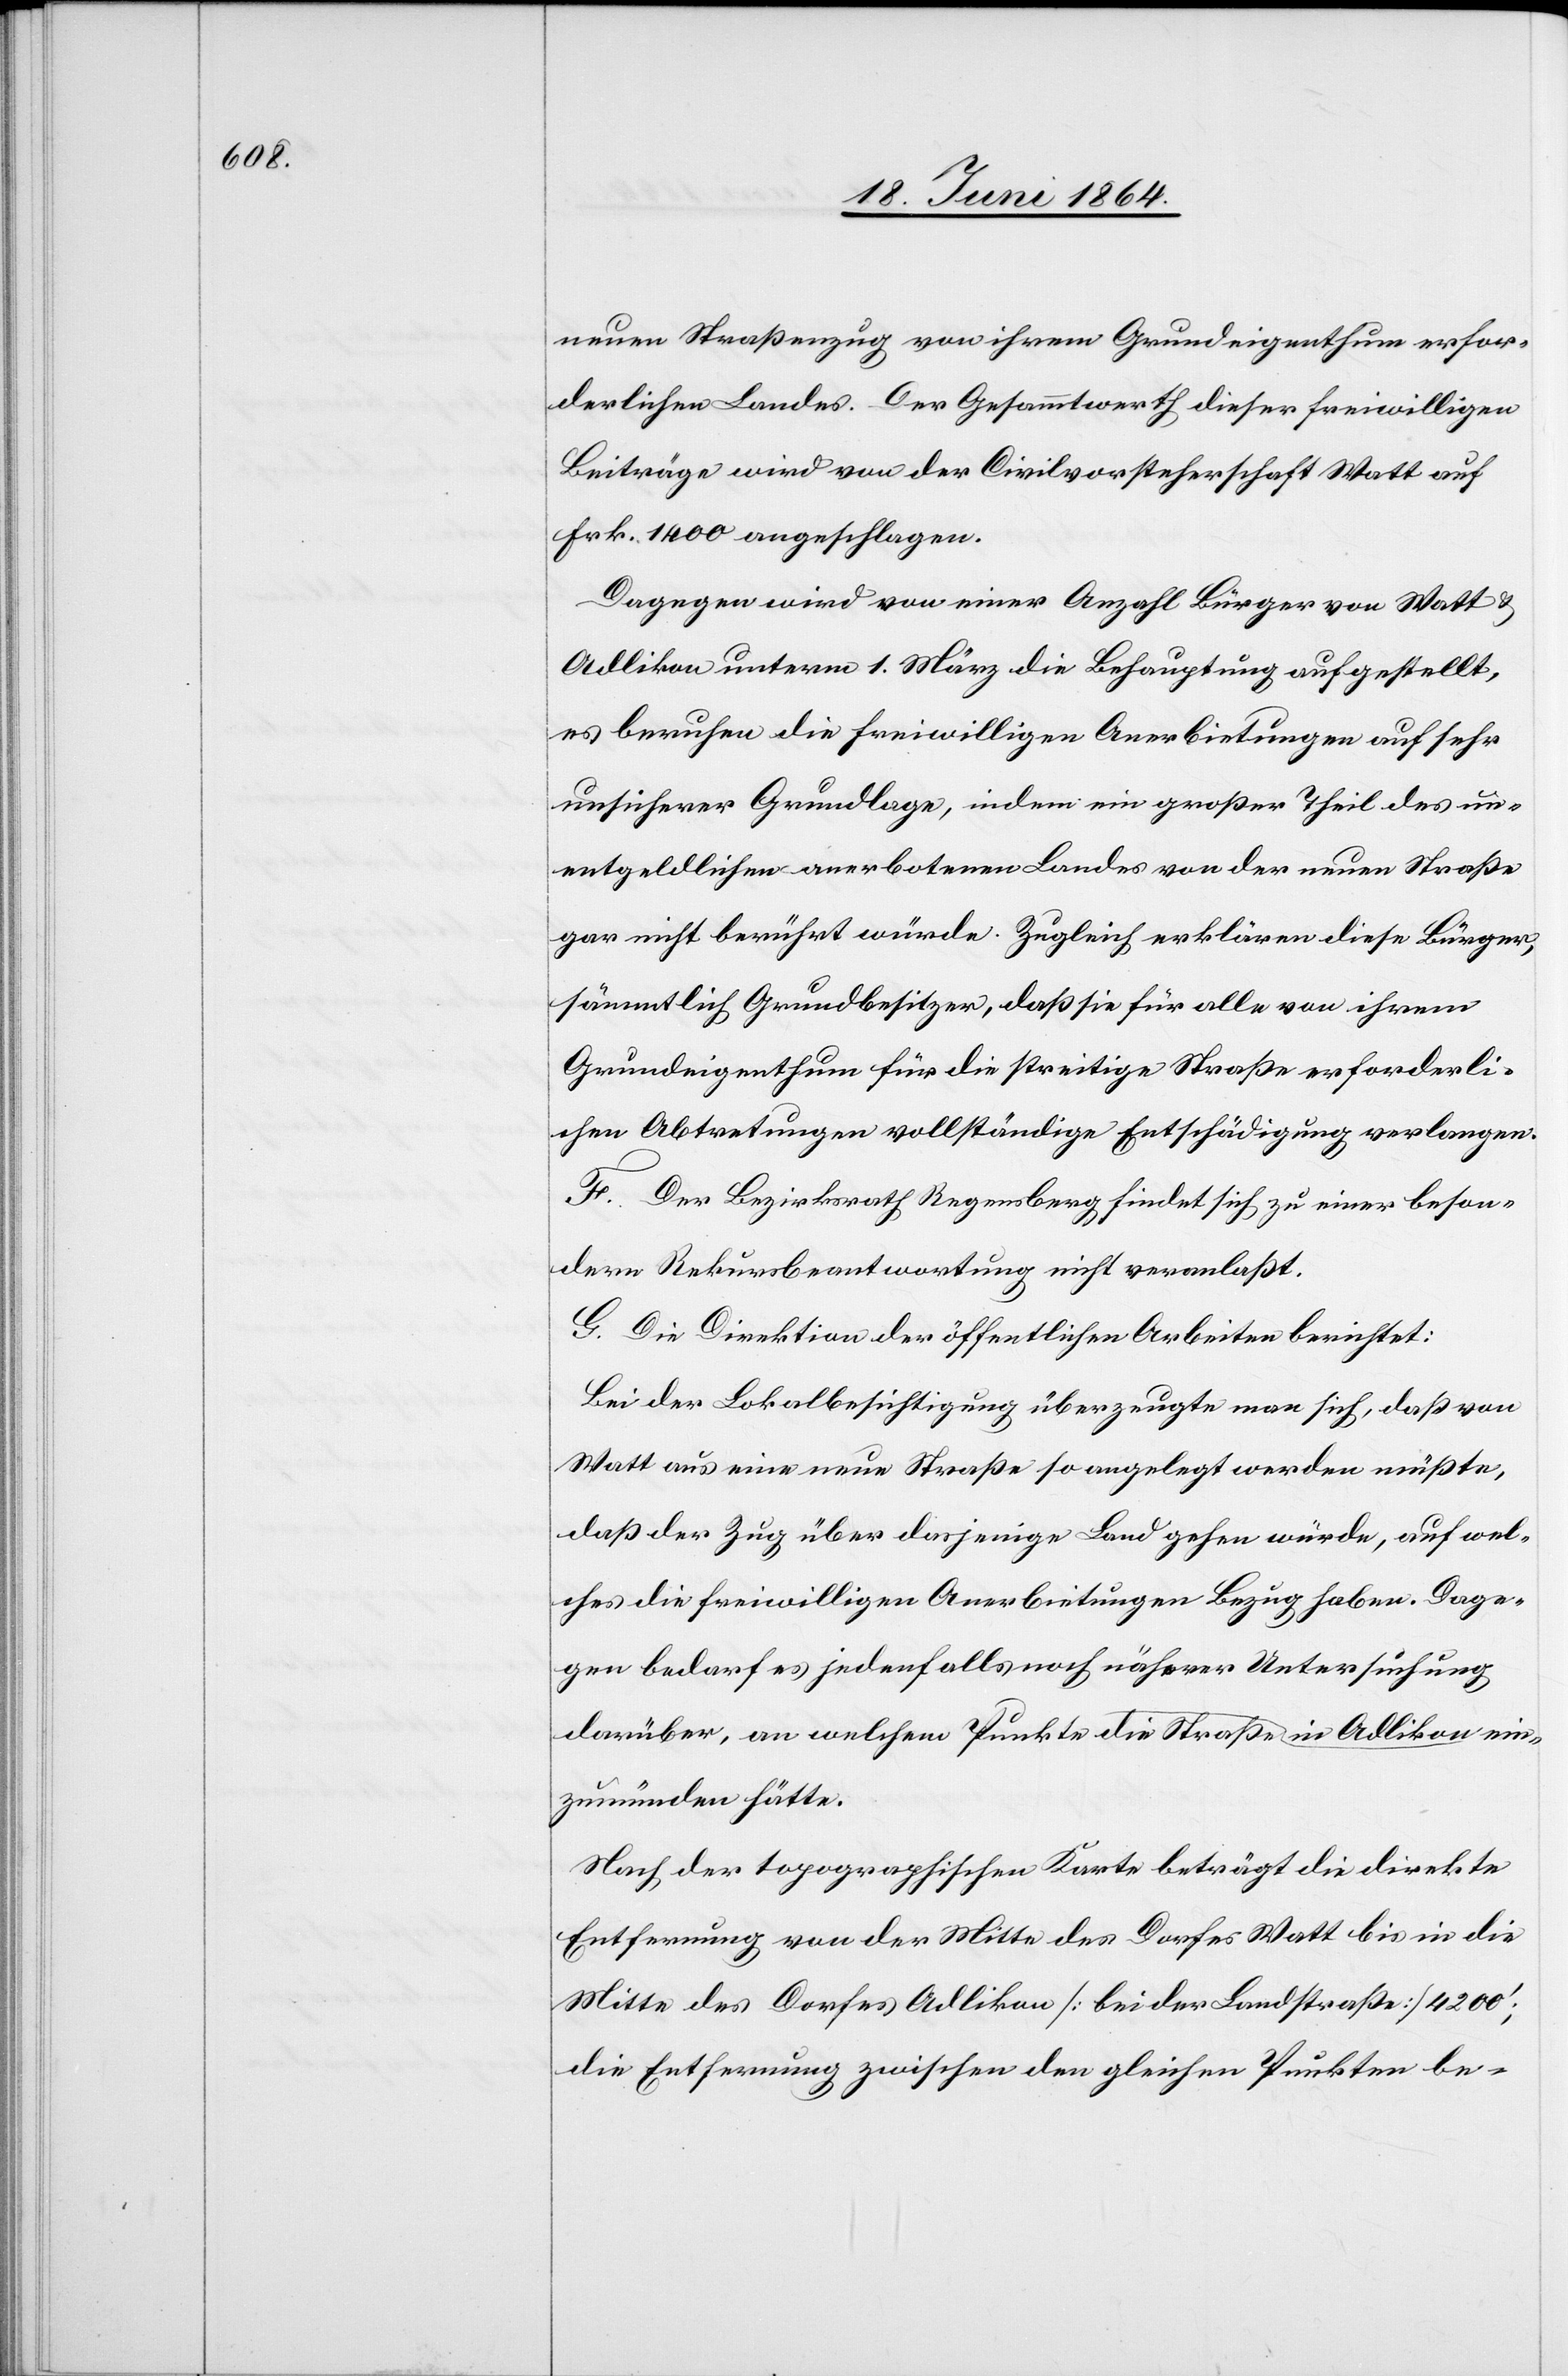
neuen Straßenzug von ihrem Grundeigenthum erfor¬
derlichen Landes. Der Gesammtwerth dieser freiwilligen
Beiträge wird von der Civilvorsteherschaft Watt auf
Frk. 1400 angeschlagen.
Dagegen wird von einer Anzahl Bürger von Watt u.
Adlikon unterm 1. März die Behauptung aufgestellt,
es beruhen die freiwilligen Anerbietungen auf sehr
unsicherer Grundlage, indem ein großer Theil des un¬
entgeldlichen anerbotenen Landes von der neuen Straße
gar nicht berührt würde. Zugleich erklären diese Bürger,
sämmtlich Grundbesitzer, daß sie für alle von ihrem
Grundeigenthum für die streitige Straße erforderli¬
chen Abtretungen vollständige Entschädigung verlangen.
F. Der Bezirksrath Regensberg findet sich zu einer beson¬
dern Rekursbeantwortung nicht veranlaßt.
G. Die Direktion der öffentlichen Arbeiten berichtet:
Bei der Lokalbesichtigung überzeugte man sich, daß von
Watt aus eine neue Straße so angelegt werden müßte,
daß der Zug über dasjenige Land gehen würde, auf wel¬
ches die freiwilligen Anerbietungen Bezug haben. Dage¬
gen bedarf es jedenfalls noch näherer Untersuchung
darüber, an welchem Punkte in Adlikon die Straße einzumünden
Nach der topographischen Karte beträgt die direkte
Entfernung von der Mitte des Dorfes Watt bis in die
Mitte des Dorfes Adlikon [bei der Landstraße] 4200’;
die Entfernung zwischen den gleichen Punkten be-